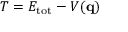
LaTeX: T = E _ { \mathrm { t o t } } - V ( \mathbf { q } )